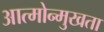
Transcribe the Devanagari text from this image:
आत्मोन्मुखता